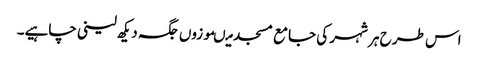
اس طرح ہر شہر کی جامع مسجد میںموزوں جگہ دیکھ لینی چاہیے۔